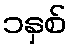
၁နှစ်